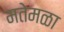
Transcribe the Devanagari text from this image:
मतेमळा